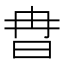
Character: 𣅾